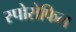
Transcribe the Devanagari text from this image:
स्पोरोफिल